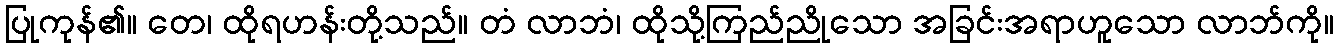
ပြုကုန်၏။ တေ၊ ထိုရဟန်းတို့သည်။ တံ လာဘံ၊ ထိုသို့ကြည်ညိုသော အခြင်းအရာဟူသော လာဘ်ကို။